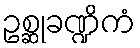
ဥစ္ဆုခဏ္ဍိကံ